Leaving Certificate Examination, 1911
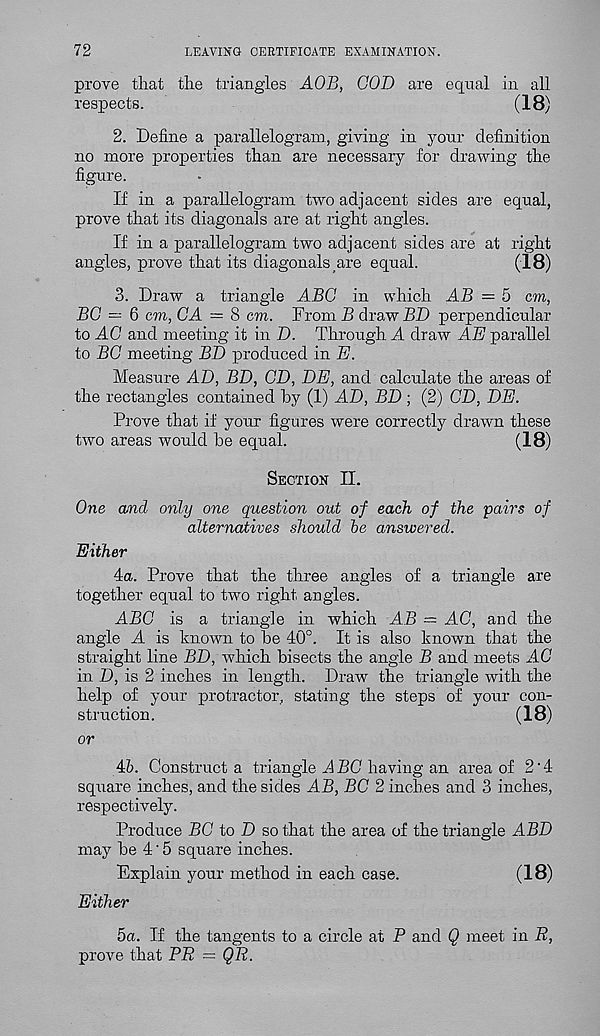
72
LEAVING CERTIFICATE EXAMINATION.
prove that the triangles AOB, GOD are equal in all
respects.
(18)
2. Define a parallelogram, giving in your definition
no more properties than are necessary for drawing the
figure.
If in a parallelogram two adjacent sides are equal,
prove that its diagonals are at right angles.
If in a parallelogram two adjacent sides are at right
angles, prove that its diagonals are equal.
(18)
3. Draw a triangle ABG in which AB = 5 cm,
BG — 6 cm, GA = 8 cm. From B draw BD perpendicular
to AC and meeting it in D. Through A draw AE parallel
to BG meeting BD produced in E.
Measure AD, BD, GD, DE, and calculate the areas of
the rectangles contained by (1) AD, BD ; (2) GD, DE.
Prove that if your figures were correctly drawn these
two areas would be equal.
(18)
Section II.
One and only one question out of each of the pairs of
alternatives should be answered.
Either
4a. Prove that the three angles of a triangle are
together equal to two right angles.
ABC is a triangle in which AB = AG, and the
angle A is known to be 40°. It is also known that the
straight line BD, which bisects the angle B and meets AC
in D, is 2 inches in length. Draw the triangle with the
help of your protractor, stating the steps of your con-
struction.
(18)
or
45. Construct a triangle A BG having an area of 2'4
square inches, and the sides AB, BG 2 inches and 3 inches,
respectively.
Produce BG to D so that the area of the triangle ABD
may be 4'5 square inches.
Explain your method in each case.
(18)
Either
5a. If the tangents to a circle at P and Q meet in B,
prove that PB = QB.